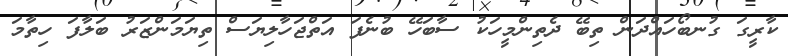
ކާރީގަ ގުނބޯހައްދަން ތިބޭ ދެތިންމީހަކު ސާބަހޭ ބުނެފަ އަތްޖަހާލިޔަސް ތިޔަމަންޒަރު ބަލާފަ ހިތާމަ